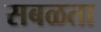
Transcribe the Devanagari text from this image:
सबळता